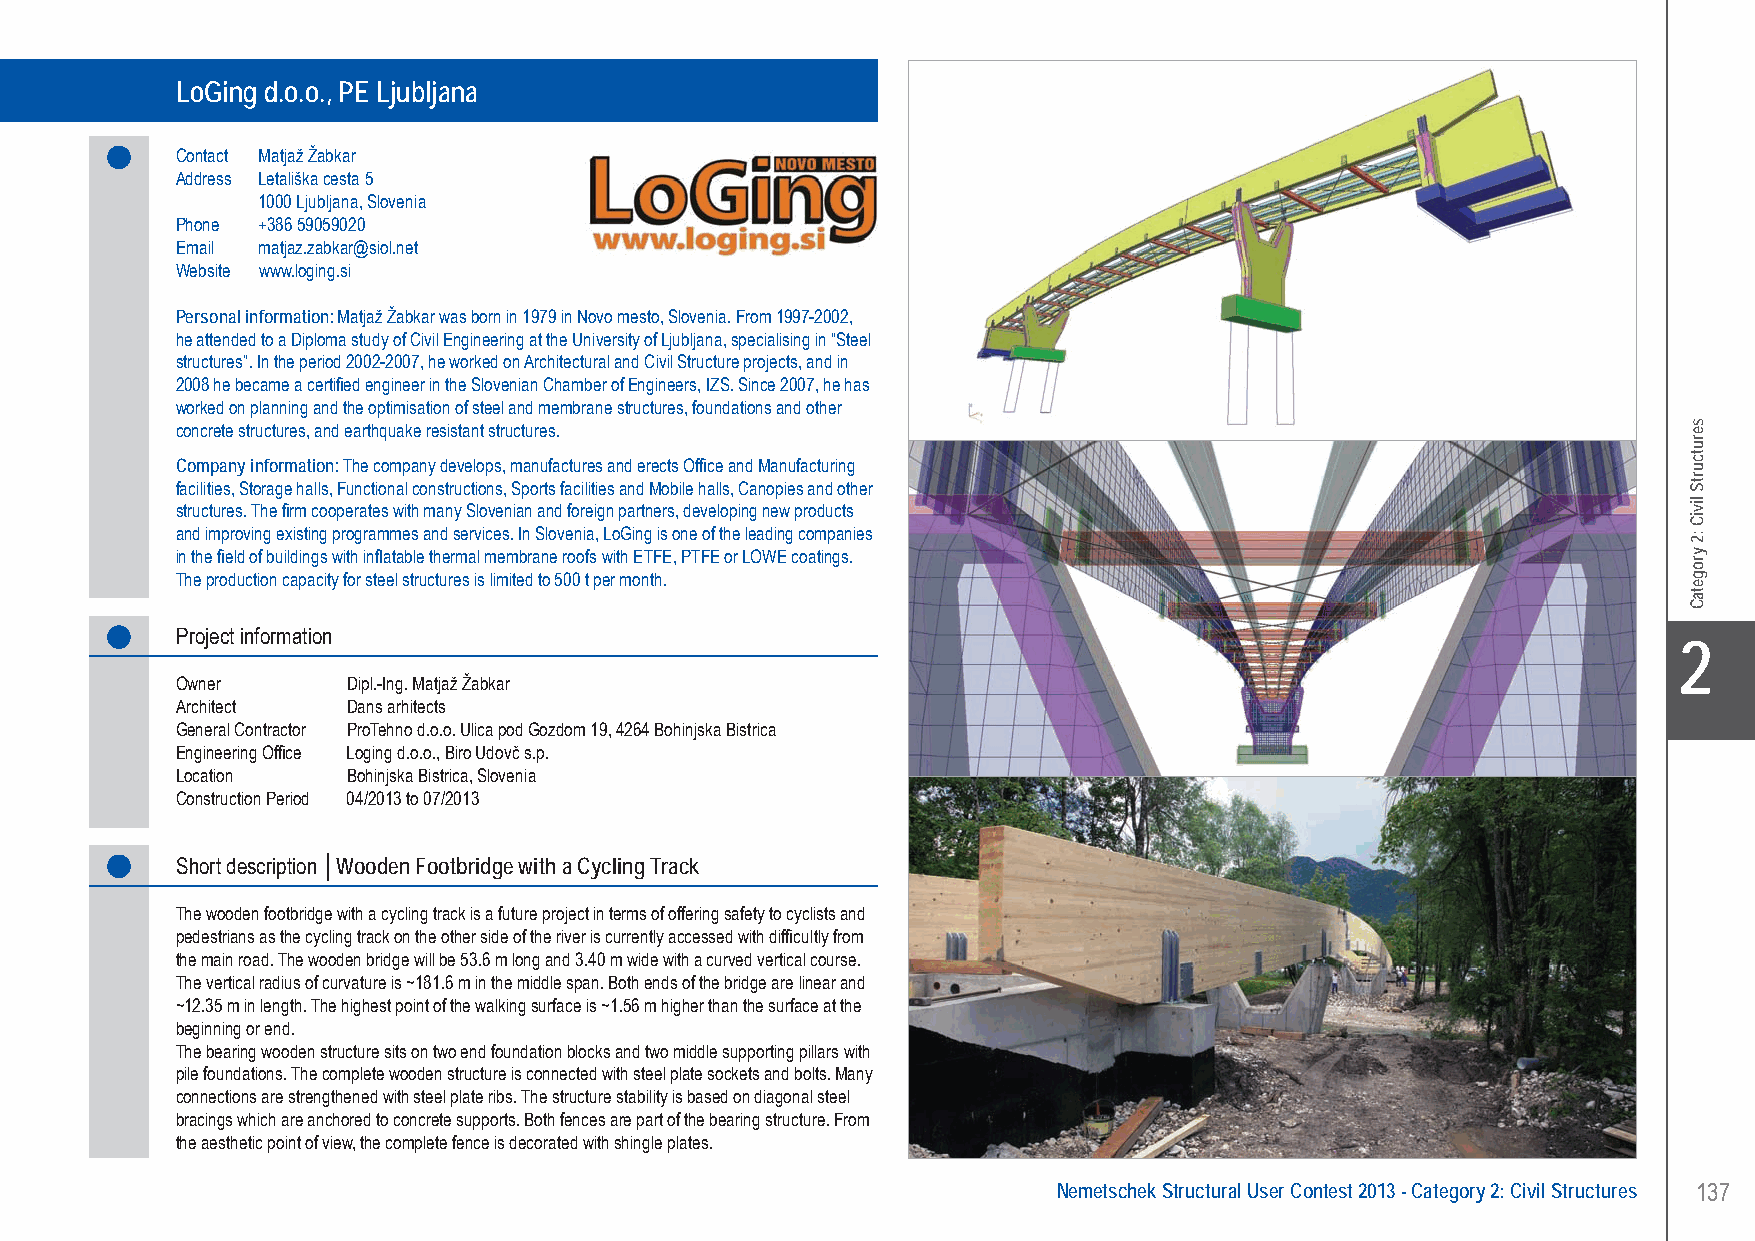
LoGing d.o.o., PE Ljubljana Wooden Footbridge with Cycling Track trough River “Sava” - Bohinjska Bistrica, Slovenia
 LoGing d.o.o., PE Ljubljana
 Contact Matjaž Žabkar
 Address Letališka cesta 5
 1000 Ljubljana, Slovenia
 Phone +386 59059020
 Email matjaz.zabkar@siol.net
 Website www.loging.si
 Personal information: Matjaž Žabkar was born in 1979 in Novo mesto, Slovenia. From 1997-2002,
 he attended to a Diploma study of Civil Engineering at the University of Ljubljana, specialising in “Steel
 structures”. In the period 2002-2007, he worked on Architectural and Civil Structure projects, and in
 2008 he became a certified engineer in the Slovenian Chamber of Engineers, IZS. Since 2007, he has
 worked on planning and the optimisation of steel and membrane structures, foundations and other
 concrete structures, and earthquake resistant structures.
 Company information: The company develops, manufactures and erects Office and Manufacturing
 facilities, Storage halls, Functional constructions, Sports facilities and Mobile halls, Canopies and other
 structures. The firm cooperates with many Slovenian and foreign partners, developing new products
 and improving existing programmes and services. In Slovenia, LoGing is one of the leading companies
 in the field of buildings with inflatable thermal membrane roofs with ETFE, PTFE or LOWE coatings.
 The production capacity for steel structures is limited to 500 t per month.
 Project information
 X2
 Owner      Dipl.-Ing. Matjaž Žabkar
 Architect  Dans arhitects
 General Contractor ProTehno d.o.o. Ulica pod Gozdom 19, 4264 Bohinjska Bistrica
 Engineering Office Loging d.o.o., Biro Udovč s.p.
 Location   Bohinjska Bistrica, Slovenia
 Construction Period 04/2013 to 07/2013
 Short description │Wooden Footbridge with a Cycling Track
 The wooden footbridge with a cycling track is a future project in terms of offering safety to cyclists and
 pedestrians as the cycling track on the other side of the river is currently accessed with difficultly from
 the main road. The wooden bridge will be 53.6 m long and 3.40 m wide with a curved vertical course.
 The vertical radius of curvature is ~181.6 m in the middle span. Both ends of the bridge are linear and
 ~12.35 m in length. The highest point of the walking surface is ~1.56 m higher than the surface at the
 beginning or end.
 The bearing wooden structure sits on two end foundation blocks and two middle supporting pillars with
 pile foundations. The complete wooden structure is connected with steel plate sockets and bolts. Many
 connections are strengthened with steel plate ribs. The structure stability is based on diagonal steel
 bracings which are anchored to concrete supports. Both fences are part of the bearing structure. From
 the aesthetic point of view, the complete fence is decorated with shingle plates.
 Nemetschek Structural User Contest 2013 - Category 2: Civil Structures 137
 UC-2013-Book-V8.indd 137                                                                                  7/11/2013 12:24:45 PM
 serutcurtS
 liviC
 :2
 yrogetaC